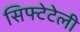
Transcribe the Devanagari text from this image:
सिफ्टेटेली